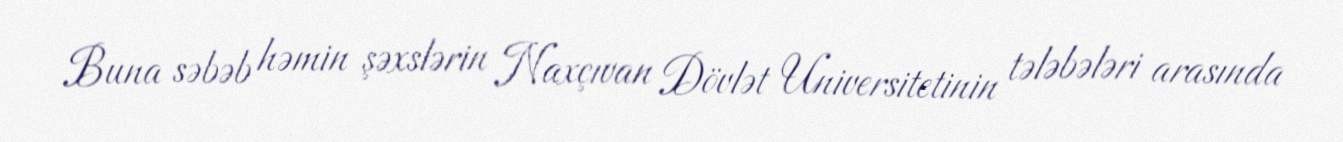
Buna səbəb həmin şəxslərin Naxçıvan Dövlət Universitetinin tələbələri arasında